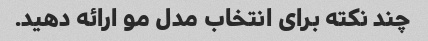
چند نکته برای انتخاب مدل مو ارائه دهید.